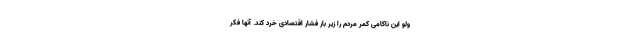
ولو این ناکامی کمر مردم را زیر بار فشار اقتصادی خُرد کند. آنها فکر